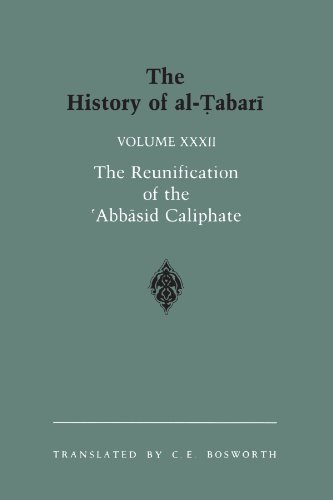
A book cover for The History of al-Tabari Vol. 32: The Reunification of the 'Abbasid Caliphate: The Caliphate of al-Ma'mun A.D. 813-833/A.H. 198-218 (SUNY series in Near Eastern Studies); History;